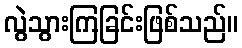
လွဲသွားကြခြင်းဖြစ်သည်။